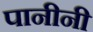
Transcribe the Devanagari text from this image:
पानीनी